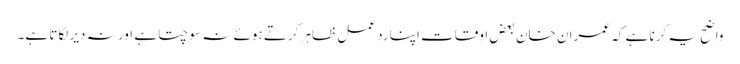
واضح یہ کرنا ہے کہ عمران خان بعض اوقات اپنا ردِ عمل ظاہر کرتے ہوئے نہ سوچتا ہے اور نہ دیر لگاتا ہے۔